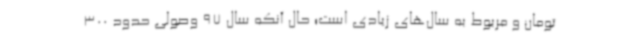
تومان و مربوط به سال‌های زیادی است؛ حال آنکه سال 97 وصولی حدود 300